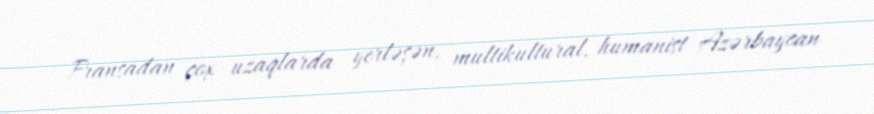
Fransadan çox uzaqlarda yerləşən, multikultural, humanist Azərbaycan